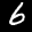
Label: 6